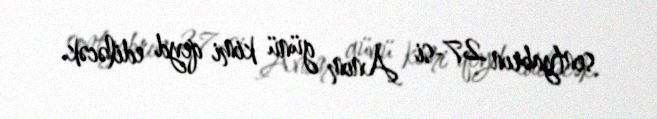
sentyabrın 27-si Anım günü kimi qeyd ediləcək.